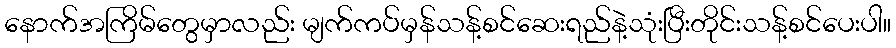
နောက်အကြိမ်တွေမှာလည်း မျက်ကပ်မှန်သန့်စင်ဆေးရည်နဲ့သုံးပြီးတိုင်းသန့်စင်ပေးပါ။